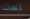
لست